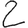
Digit: 2